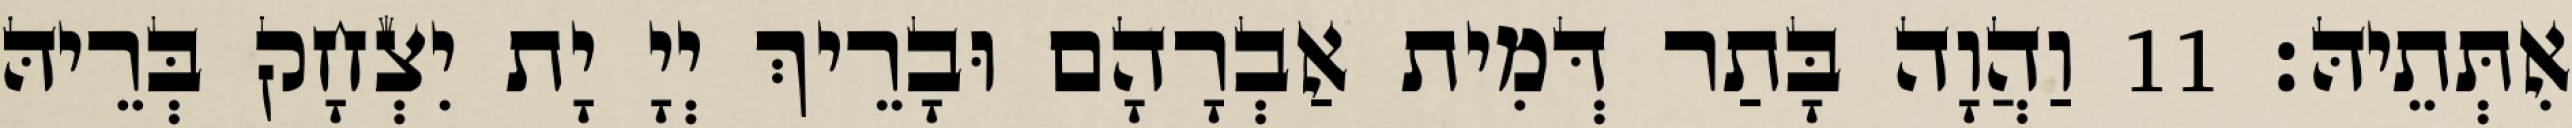
אִתְּתֵיהּ׃ 11 וַהֲוָה בָּתַר דְּמִית אַבְרָהָם וּבָרֵיךְ יְיָ יָת יִצְחָק בְּרֵיהּ